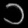
Digit: ၁